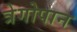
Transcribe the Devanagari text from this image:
त्रेगोपान